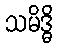
သမိဒ္ဓိ